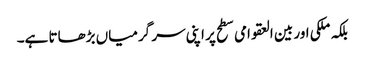
بلکہ ملکی اور بین العقوامی سطح پر اپنی سر گرمیاں بڑھاتا ہے۔